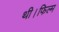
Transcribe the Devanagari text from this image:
थी।फिल्म